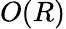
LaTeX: O(R)